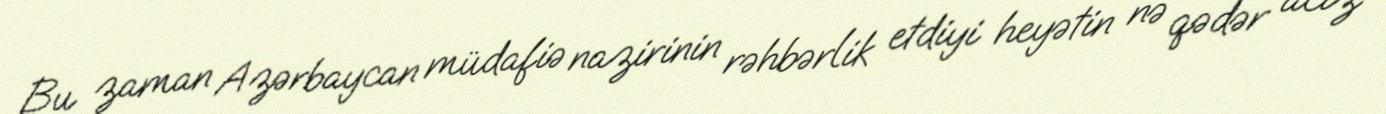
Bu zaman Azərbaycan müdafiə nazirinin rəhbərlik etdiyi heyətin nə qədər aciz